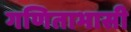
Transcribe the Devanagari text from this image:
गणिताभासी